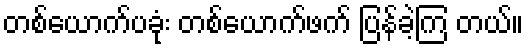
တစ်ယောက်ပခုံး တစ်ယောက်ဖက် ပြန်ခဲ့ကြ တယ်။